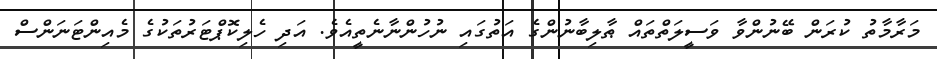
މަރާމާތު ކުރަން ބޭނުންވާ ވަސީލަތްތައް ޠާލިބާނުންގެ އަތުގައި ނުހުންނާނެތީއެވެ. އަދި ހެލިކޮޕްޓަރުތަކުގެ މެއިންޓަނަންސް